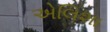
એલિશા